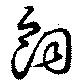
飼